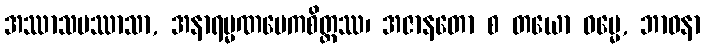
အဿာသပဿာသာ, အနာရမ္မဏမေကစိတ္တဿ၊ အဇာနတော စ တယော ဓမ္မေ, ဘာဝနာ